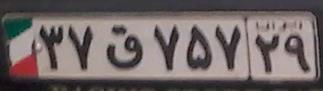
۳۷ق۷۵۷۲۹